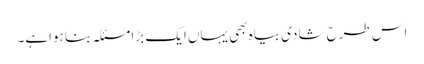
اس طرح شادی بیاہ بھی یہاں ایک بڑا مسئلہ بنا ہواہے۔